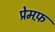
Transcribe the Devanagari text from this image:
प्रेमफ़